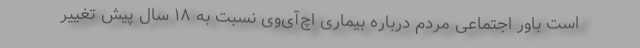
است باور اجتماعی مردم درباره بیماری اچ‌آی‌وی نسبت به ۱۸ سال پیش تغییر